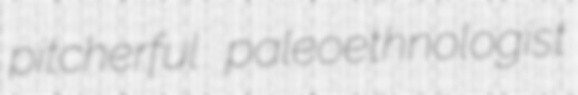
pitcherful paleoethnologist